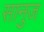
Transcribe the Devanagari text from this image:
सानुज